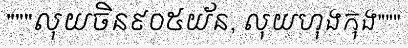
"""លុយចិន៩០៥យ័ន, លុយហុងកុង"""